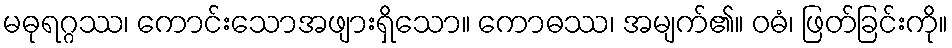
မဓုရဂ္ဂဿ၊ ကောင်းသောအဖျားရှိသော။ ကောဓဿ၊ အမျက်၏။ ဝဓံ၊ ဖြတ်ခြင်းကို။